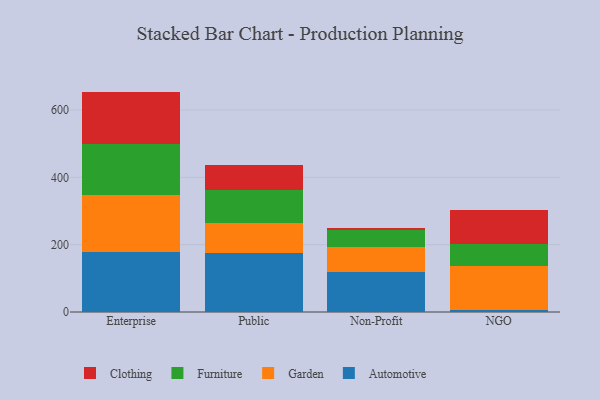
{"axis": {"x": "Segment", "y": "Satisfaction Score"}, "legend": ["Automotive", "Clothing", "Furniture", "Garden"], "data": [{"x": "Enterprise", "y": 179.1, "type": "Automotive"}, {"x": "Enterprise", "y": 168.4, "type": "Garden"}, {"x": "Enterprise", "y": 152.7, "type": "Furniture"}, {"x": "Enterprise", "y": 154.5, "type": "Clothing"}, {"x": "Public", "y": 176.1, "type": "Automotive"}, {"x": "Public", "y": 86.9, "type": "Garden"}, {"x": "Public", "y": 99.4, "type": "Furniture"}, {"x": "Public", "y": 74.7, "type": "Clothing"}, {"x": "Non-Profit", "y": 119.0, "type": "Automotive"}, {"x": "Non-Profit", "y": 73.1, "type": "Garden"}, {"x": "Non-Profit", "y": 51.4, "type": "Furniture"}, {"x": "Non-Profit", "y": 7.3, "type": "Clothing"}, {"x": "NGO", "y": 5.5, "type": "Automotive"}, {"x": "NGO", "y": 132.5, "type": "Garden"}, {"x": "NGO", "y": 65.0, "type": "Furniture"}, {"x": "NGO", "y": 101.0, "type": "Clothing"}]}